Leaving Certificate Examination, 1902
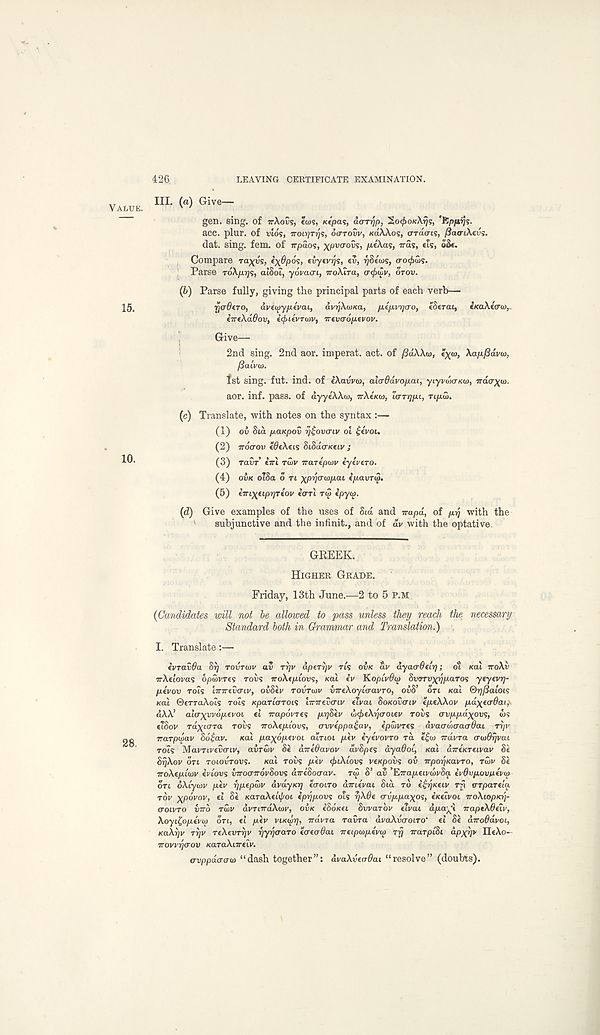
426
LEAVING CERTIFICATE EXAMINATION.
„
III. (a) Give—
VALUE.
' ’
gen. sing, of irXovs, Ia>s, Ktpas, ao-Trjp, SO^OKATJS, 'fjpfirjs-
acc. plur. of vios, TTOi^rr;?, OOTOW, KIXWOS, crracrt?, (SatTLXeus.
dat. sing. fem. of rrpaos, xpvaovs, /xeAas, iras, eiSi oSt.
Compare ra^us, i\6po<;, fvyfvrjs, tv, rjStws, aotj>ws.
Parse To\p.r]<s, aiSoi, yoracrt, iroAIra, <7<poiV, OTOV.
(b)
Par
15.
rjadtTO,
aveivyptvai,
avrjXwKa, p-t/xi/r/ao, tStrai,
tKaXtarw,
tTTtXdOov, itjntvruiv, Trevcroptvov.
Give—
2nd sing. 2nd aor. imperat. act. of fiaWw, tx<o, Xapfidviv,
/Salvo).
fst sing. fut. ind. of eXavvw, alo-da.vop.au, yiyviaoKu), irdcr^a).
aor. inf. pass, of dyyeAAw, irXtKw, lOTypi, Tipu>.
(c) Translate, with notes on the syntax:—
(1) ov Sid paKpov rj^ovariv ol £evou
(2) iroo-ov tdeXeis SiSdoKtiv ;
(3) ravr ini rwv iraTtpiov tyivero.
(4) OVK cilSa o TL xpyo-wpai ipavTiS.
(5) tTnxtipryrtov tori TIS ipyu>.
(d) Give examples of the uses of Sid and trapd, of prj with the
subjunctive and the infinit., and of dv with the optative.
GREEK.
HIGHER GRADE.
Friday, 13th June.—2 to 5 P.M
(Candidates will not he allowed to pass unless they reach the necessary
Standard both in Grammar and Translation.)
I. Translate:—
IvTavOa ST) TOVTOTV av TT)V dpirijv Tts OVK dv dyaodtlrj; oi Ka\ iroXv
irAeiovas opuivres TOVS iroXtplov;, KUI iv KoplvOtp Svrrvxrjparos ytytvrj-
ptvov rots hrirtvo-iv, ovSev TOVTIOV vrreXoylcravTO, ovS’ on Kal ®r]f3aioi<;
Kal ©eTraAois rots Kpartaroi? iirnevo-iv eivai SOKOVOIV tpeXXov pdxtoBai,
dXX’ aliTxvvoptvoi el irapovres prjSev axhtXya-oiev TOIIS ovppdxovs, OJS
«?Sov rdyicTTa rovs ‘iroXepiow;, ovveppa£av, ipidvres dvaodoaoOai ri/v
Trarpolav Sd£av. Kal paxdpevoi atnoi ptv iyevovro rd t£o} Trdvra (TutOrp/ai
roZs MavTU'evcriv, avrwv Se direOavov dvSpe; ayaOot, Kal direKreivav St
SrjXov on Toiovrovi. Kal rovs ptv tfuXlovs vtxpovs ov TTpor/Kavro, rtov Se
TroXepbov iviovs VTTOOTTOVSOVS aTreSocrav. ru> S’ av ’ETrapuvwvSa ivdvpovnevip
on SXiyuiv ptv rjpepuiv dvdy/oj eooiro amtvai Sid rd iijrjKtiv rfi VTpartla
rdv xpovov, el Se KaraXebj/oi ipr/povs ots rj\6t avp-paxos, tKeivoi iroXiopK-r)-
croivro bird rwv dvnndXiav, OVK eSoKti Svvarbv eivai dpa^l naptXOeiv,
Xoyi^opevo) on, ti ptv viKwrj, irdvra ravra dvaXvaoiro' el Se diroOdvoi,
KaXrjv TYjv rtXtvryv yyyoaro totoOai ireipinpevio ry irarplSt dpxy> IleAo-
Trovvrjo-ov KaraXiirelv.
avppdaou) “dash together”: dvaXveaOai “resolve” (doubts).